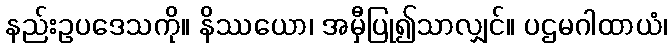
နည်းဥပဒေသကို။ နိဿယော၊ အမှီပြု၍သာလျှင်။ ပဌမဂါထာယံ၊